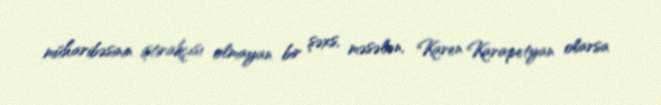
müharibəsinin iştirakçısı olmayan bir şəxs, məsələn, Karen Karapetyan olarsa